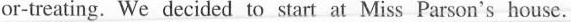
or-treating.We decided to start at_ Miss Parson's house.